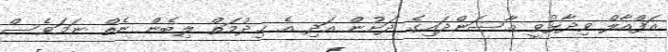
އަފްއާލް ވިދާޅުވީ އާސަންދައިގެ ދަށުން އަދި އެ ޚިދުމަތް ލިބެން ނެތް ނަމަވެސް